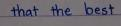
that the best